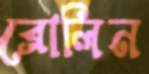
ব্রোলিন